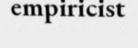
empiricist